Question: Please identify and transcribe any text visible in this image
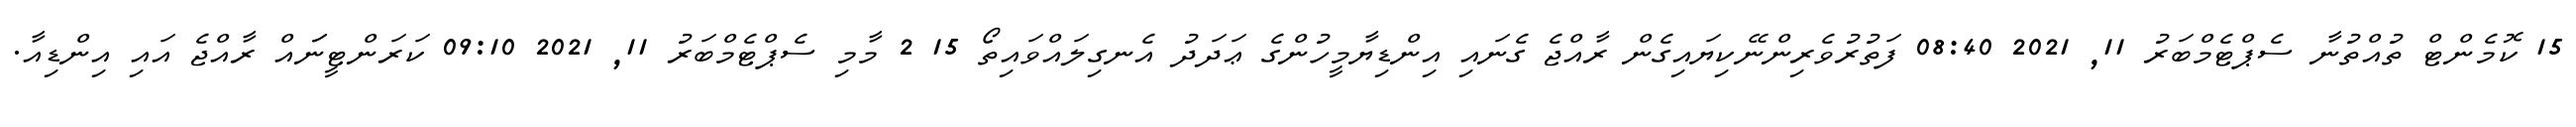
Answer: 15 ކޮމެންޓް ތުއްތުނާ ސެޕްޓެމްބަރު 11, 2021 08:40 ފަތުރުވެރިންނޭކިޔައިގެން ރާއްޖެ ގެނައި އިންޑިޔާމީހުންގެ ޢަދަދު އެނގިލައްވައިތޯ 15 2 މާމި ސެޕްޓެމްބަރު 11, 2021 09:10 ކަރަންޓީނަައް ރާއްޖެ އައި އިންޑިއާ.